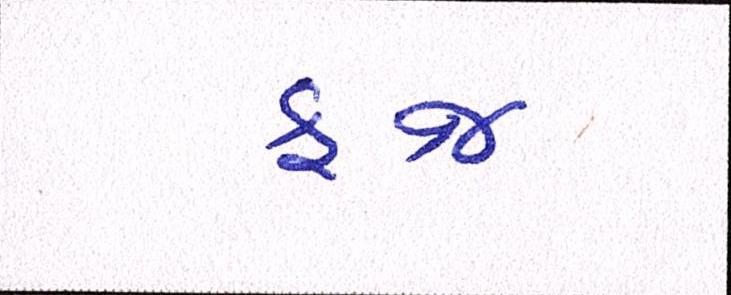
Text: ફજ્ર